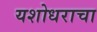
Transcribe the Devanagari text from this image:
यशोधराचा